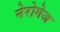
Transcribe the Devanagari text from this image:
नेरोगेज